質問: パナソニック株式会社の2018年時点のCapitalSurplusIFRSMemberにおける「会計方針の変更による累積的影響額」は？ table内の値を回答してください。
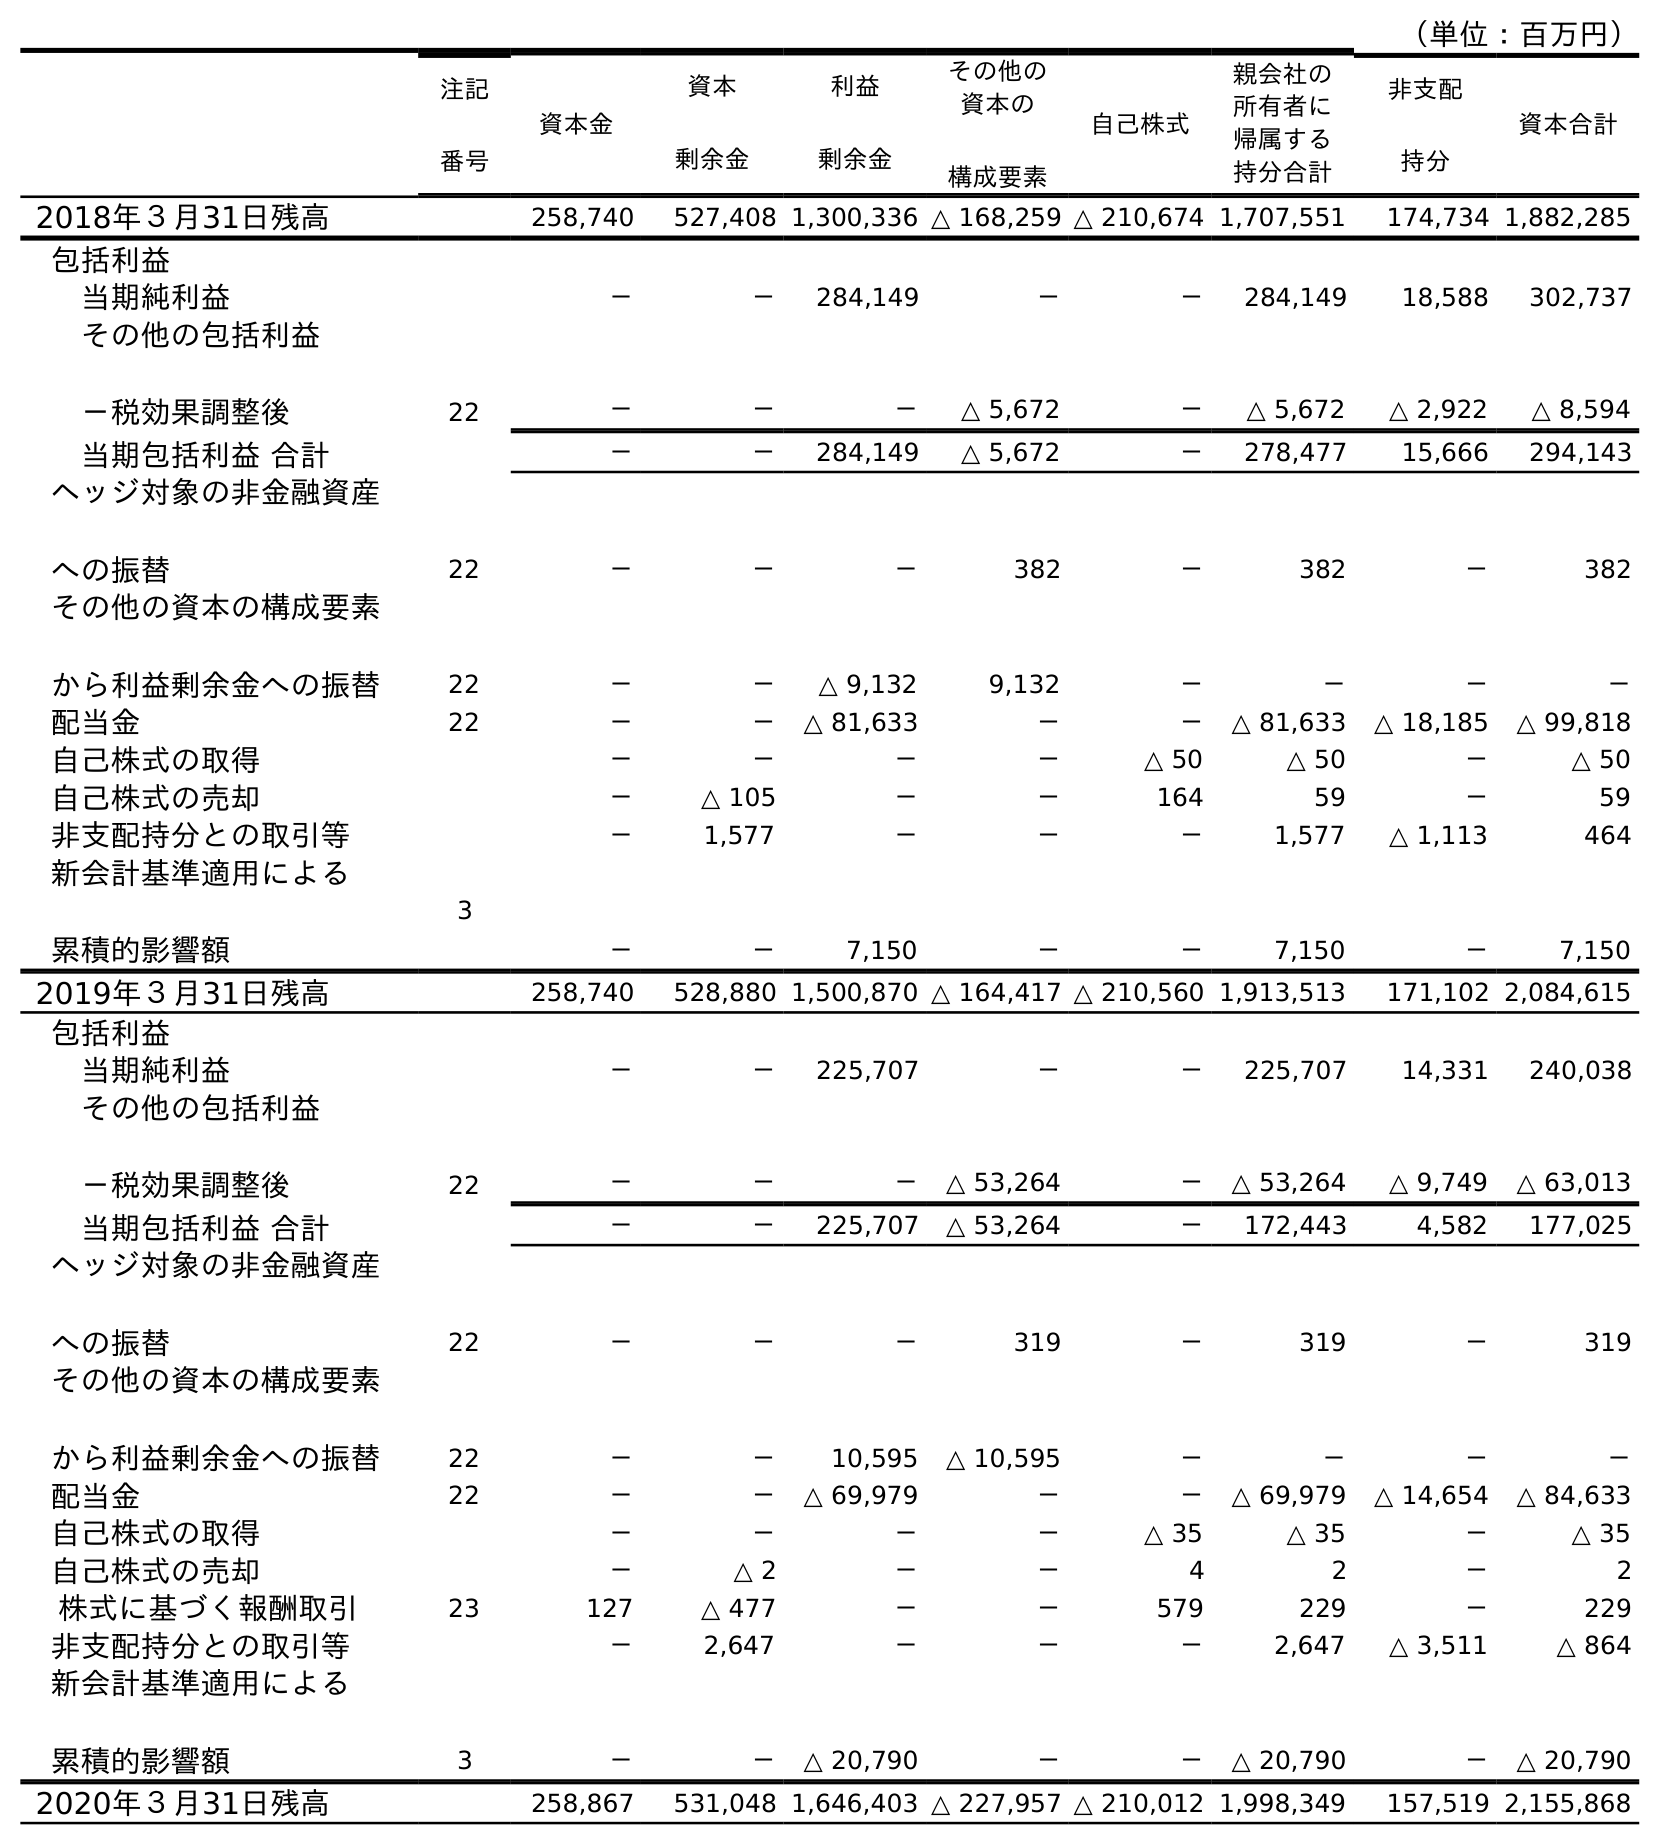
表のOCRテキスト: （単位：百万円） 注記 番号 資本金 資本 剰余金 利益 剰余金 その他の 資本の 構成要素 自己株式 親会社の 所有者に 帰属する 持分合計 非支配 持分 資本合計 2018年３月31日残高 258,740 527,408 1,300,336 △ 168,259 △ 210,674 1,707,551 174,734 1,882,285 包括利益 当期純利益 － － 284,149 － － 284,149 18,588 302,737 その他の包括利益 －税効果調整後 22 － － － △ 5,672 － △ 5,672 △ 2,922 △ 8,594 当期包括利益 合計 － － 284,149 △ 5,672 － 278,477 15,666 294,143 ヘッジ対象の非金融資産 への振替 22 － － － 382 － 382 － 382 その他の資本の構成要素 から利益剰余金への振替 22 － － △ 9,132 9,132 － － － － 配当金 22 － － △ 81,633 － － △ 81,633 △ 18,185 △ 99,818 自己株式の取得 － － － － △ 50 △ 50 － △ 50 自己株式の売却 － △ 105 － － 164 59 － 59 非支配持分との取引等 － 1,577 － － － 1,577 △ 1,113 464 新会計基準適用による 累積的影響額 3 － － 7,150 － － 7,150 － 7,150 2019年３月31日残高 258,740 528,880 1,500,870 △ 164,417 △ 210,560 1,913,513 171,102 2,084,615 包括利益 当期純利益 － － 225,707 － － 225,707 14,331 240,038 その他の包括利益 －税効果調整後 22 － － － △ 53,264 － △ 53,264 △ 9,749 △ 63,013 当期包括利益 合計 － － 225,707 △ 53,264 － 172,443 4,582 177,025 ヘッジ対象の非金融資産 への振替 22 － － － 319 － 319 － 319 その他の資本の構成要素 から利益剰余金への振替 22 － － 10,595 △ 10,595 － － － － 配当金 22 － － △ 69,979 － － △ 69,979 △ 14,654 △ 84,633 自己株式の取得 － － － － △ 35 △ 35 － △ 35 自己株式の売却 － △ 2 － － 4 2 － 2 株式に基づく報酬取引 23 127 △ 477 － － 579 229 － 229 非支配持分との取引等 － 2,647 － － － 2,647 △ 3,511 △ 864 新会計基準適用による 累積的影響額 3 － － △ 20,790 － － △ 20,790 － △ 20,790 2020年３月31日残高 258,867 531,048 1,646,403 △ 227,957 △ 210,012 1,998,349 157,519 2,155,868
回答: －